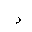
Letter: _dal